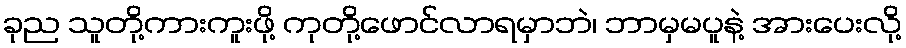
ခုည သူတို့ကားကူးဖို့ ကုတို့ဖောင်လာရမှာဘဲ၊ ဘာမှမပူနဲ့ အားပေးလို့